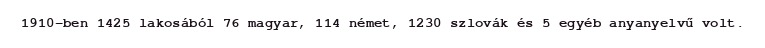
1910-ben 1425 lakosából 76 magyar, 114 német, 1230 szlovák és 5 egyéb anyanyelvű volt.